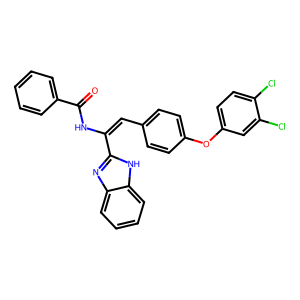
SMILES: O=C(NC(=Cc1ccc(Oc2ccc(Cl)c(Cl)c2)cc1)c1nc2ccccc2[nH]1)c1ccccc1
Inhibits HIV replication: No